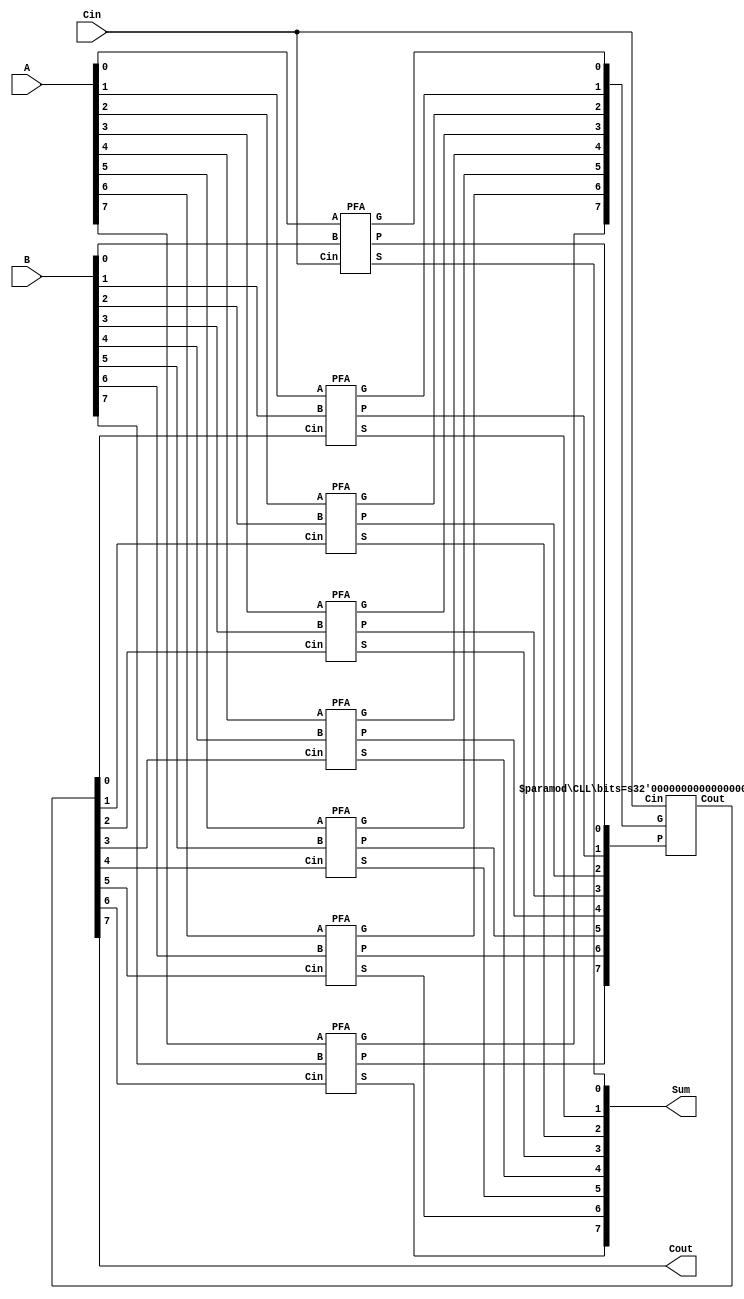
`timescale 1ns / 1ps

//Wrapper for Carry-Lookahead-Logic and Partial Full Adders
module CLA #(parameter bits = 8) ( //parameter to specify number of bits for adder
input [bits-1:0] A, B, //augend and addend
input Cin,  //first carry in

output [bits-1:0] Sum, //sum output
output Cout //carry out bit

//output [bits-1:0]carries //for testbench
);

wire [bits-1:0]P_in, G_in; //wire bus for propagate and generate bits
wire [bits-1:0]carries; //wire bus for carry bits

assign Cout = carries[bits-1]; //propagate last carry out from msb of carries bus

//create partial full adder instance for the first bit to incorporate Cin
PFA PFA0(
.A(A[0]),
.B(B[0]),
.Cin(Cin),

.P(P_in[0]),
.G(G_in[0]),
.S(Sum[0])

);

genvar i;
generate //Instantiate N PFA's for bits
    for(i=1; i<bits; i=i+1) begin : PFAS
        PFA PFA_I(
            .A(A[i]),
            .B(B[i]),
            .Cin(carries[i-1]),
            
            .P(P_in[i]),
            .G(G_in[i]),
            .S(Sum[i])        
        );    
    end
endgenerate

//Instantiate Carry-Lookahead-Logic block
CLL #(.bits(bits)) CLL_INST(
.Cin(Cin),
.P(P_in),
.G(G_in),

.Cout(carries)
);

endmodule
//////////////////////////////////////////////////////////
//This module handles the carry outs for each partial full adder
//Acts as a wrapper to individual carry_gen modules
module CLL #(parameter bits = 8) (
    input Cin,
    input [bits-1: 0] P, G, 
    output [bits-1: 0] Cout
);

//Create carry generator block for first bit
CARRY_GEN INST0(
        .G(G[0]),
        .P(P[0]),
        .Cin(Cin),
        
        .Cout(Cout[0])        
);

genvar i;
generate //Create N bits of carry generators
    for(i=1; i < bits; i=i+1) begin : CARRIES
        CARRY_GEN INST_I(
        .G(G[i]),
        .P(P[i]),
        .Cin(Cout[i-1]),
        
        .Cout(Cout[i])        
        );
    
    end
endgenerate
endmodule

//////////////////////////////////////////////////////////
module ADD_HALF(
    output cout,
    output sum,
    input a,
    input b
);
    xor(sum, a, b);
    and(cout, a, b);
endmodule
//////////////////////////////////////////////////////////
//Calculates the propagate, generate, and sum bits
module PFA(
    input A, B, Cin,
    output P, G, S
);
    
    assign P = A ^ B;   //xor gate for propagate
    assign G = A & B;   // and gate for generate
    assign S = Cin ^ P; // xor gate for sum

endmodule
//////////////////////////////////////////////////////////
module FULL_ADDER(
    input a,b,cin,
    output cout,sum

);

wire half1_cout, half1_sum, half2_cout;

ADD_HALF HALF1(
.cout(half1_cout),
.sum(half1_sum),
.a(a),
.b(b)
);

ADD_HALF HALF2(
.cout(half2_cout),
.sum(sum),
.a(cin),
.b(half1_sum)
);

//for the carry out of both half adders
or(cout, half2_cout, half1_cout);

endmodule
//////////////////////////////////////////////////////////
//Calculates the carry using generate, propagate, and carry in bits
module CARRY_GEN(
    input G, P, Cin,
    output Cout    
);

assign Cout = G | P&Cin; //wire out carry calculation

endmodule
//////////////////////////////////////////////////////////